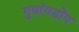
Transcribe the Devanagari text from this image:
गुयांगडोंग